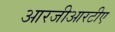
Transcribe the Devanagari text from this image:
आरजीआरटीए